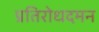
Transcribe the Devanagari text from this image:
प्रतिरोधदमन